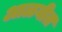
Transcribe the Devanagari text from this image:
आळवीत